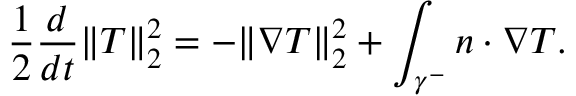
\frac { 1 } { 2 } \frac { d } { d t } \| T \| _ { 2 } ^ { 2 } = - \| \nabla T \| _ { 2 } ^ { 2 } + \int _ { \gamma ^ { - } } n \cdot \nabla T .